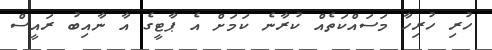
ހުރި ހުރިހާ މަސައްކަތެއް ކުރާނެ ކަމަށް އެ ޕާޓީގެ އާ ނާއިބު ރައީސް